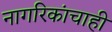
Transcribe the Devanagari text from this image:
नागरिकांचाही